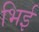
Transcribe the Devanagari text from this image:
भिई